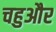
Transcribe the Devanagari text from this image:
चहुऔर